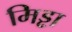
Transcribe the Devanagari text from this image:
मिड्ढा